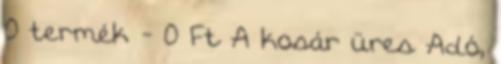
0 termék - 0 Ft A kosár üres Adó,